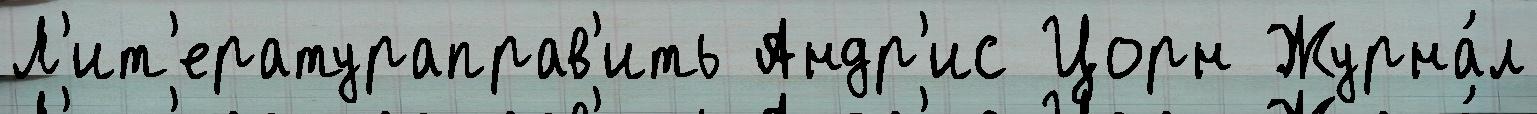
Л'ит'ератураправ'ить Андр'ис Цорн Журна́л